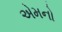
એમનો